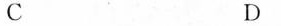
C D